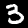
Digit: 3